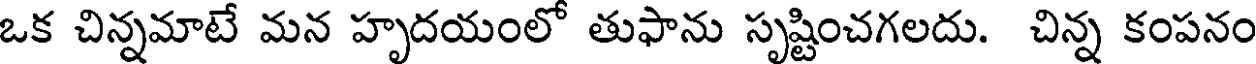
ఒక చిన్నమాటే మన హృదయంలో తుఫాను సృష్టించగలదు. చిన్న కంపనం